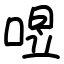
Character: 喅